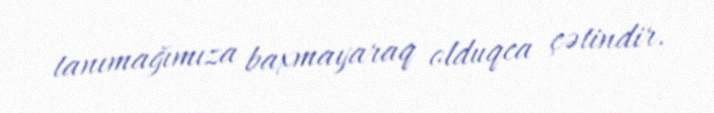
tanımağımıza baxmayaraq olduqca çətindir.